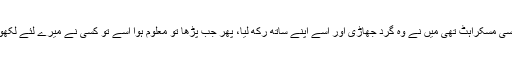
اس کے لبوں پر مدھم سی مسکراہٹ تھی میں نے وہ گرد جھاڑی اور اسے اپنے ساتھ رکھ لیا، پھر جب پڑھا تو معلوم ہوا اسے تو کسی نے میرے لئے لکھوا کر ادھر رکھ دیا تھا۔